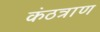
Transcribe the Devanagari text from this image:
कंठत्राण